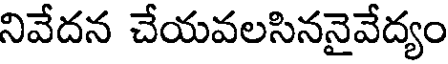
నివేదన చేయవలసిననైవేద్యం